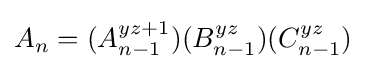
A_{n}=(A_{n-1}^{yz+1})(B_{n-1}^{yz})(C_{n-1}^{yz})